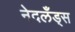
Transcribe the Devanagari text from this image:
नेदलँड्स